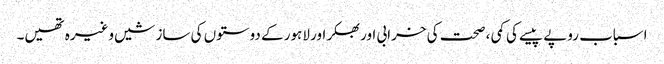
اسباب روپے پیسے کی کمی ، صحت کی خرابی اور بھکر اور لاہور کے دوستوں کی سازشیں وغیرہ تھیں۔